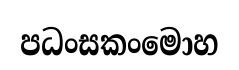
පධංසකංමොහ